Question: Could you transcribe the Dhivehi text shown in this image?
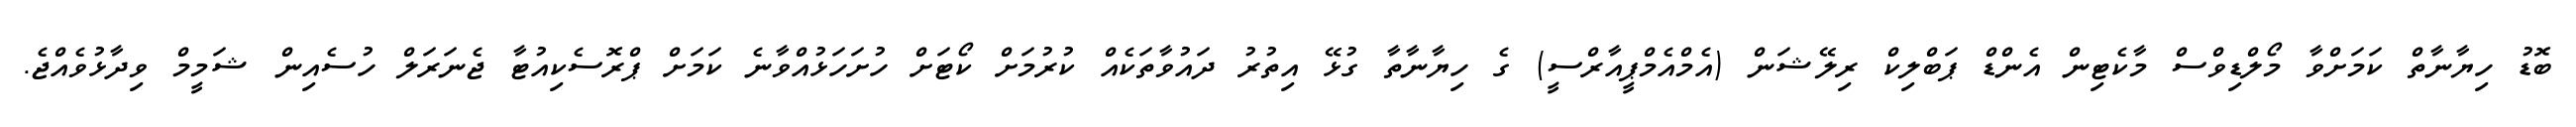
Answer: ބޮޑު ހިޔާނާތް ކަމަށްވާ މޯލްޑިވްސް މާކެޓިން އެންޑް ޕަބްލިކް ރިލޭޝަން (އެމްއެމްޕީއާރްސީ) ގެ ހިޔާނާތާ ގުޅޭ އިތުރު ދައުވާތަކެއް ކުރުމަށް ކޯޓަށް ހުށަހަޅުއްވާނެ ކަމަށް ޕްރޮސެކިއުޓާ ޖެނަރަލް ހުސެއިން ޝަމީމް ވިދާޅުވެއްޖެ.